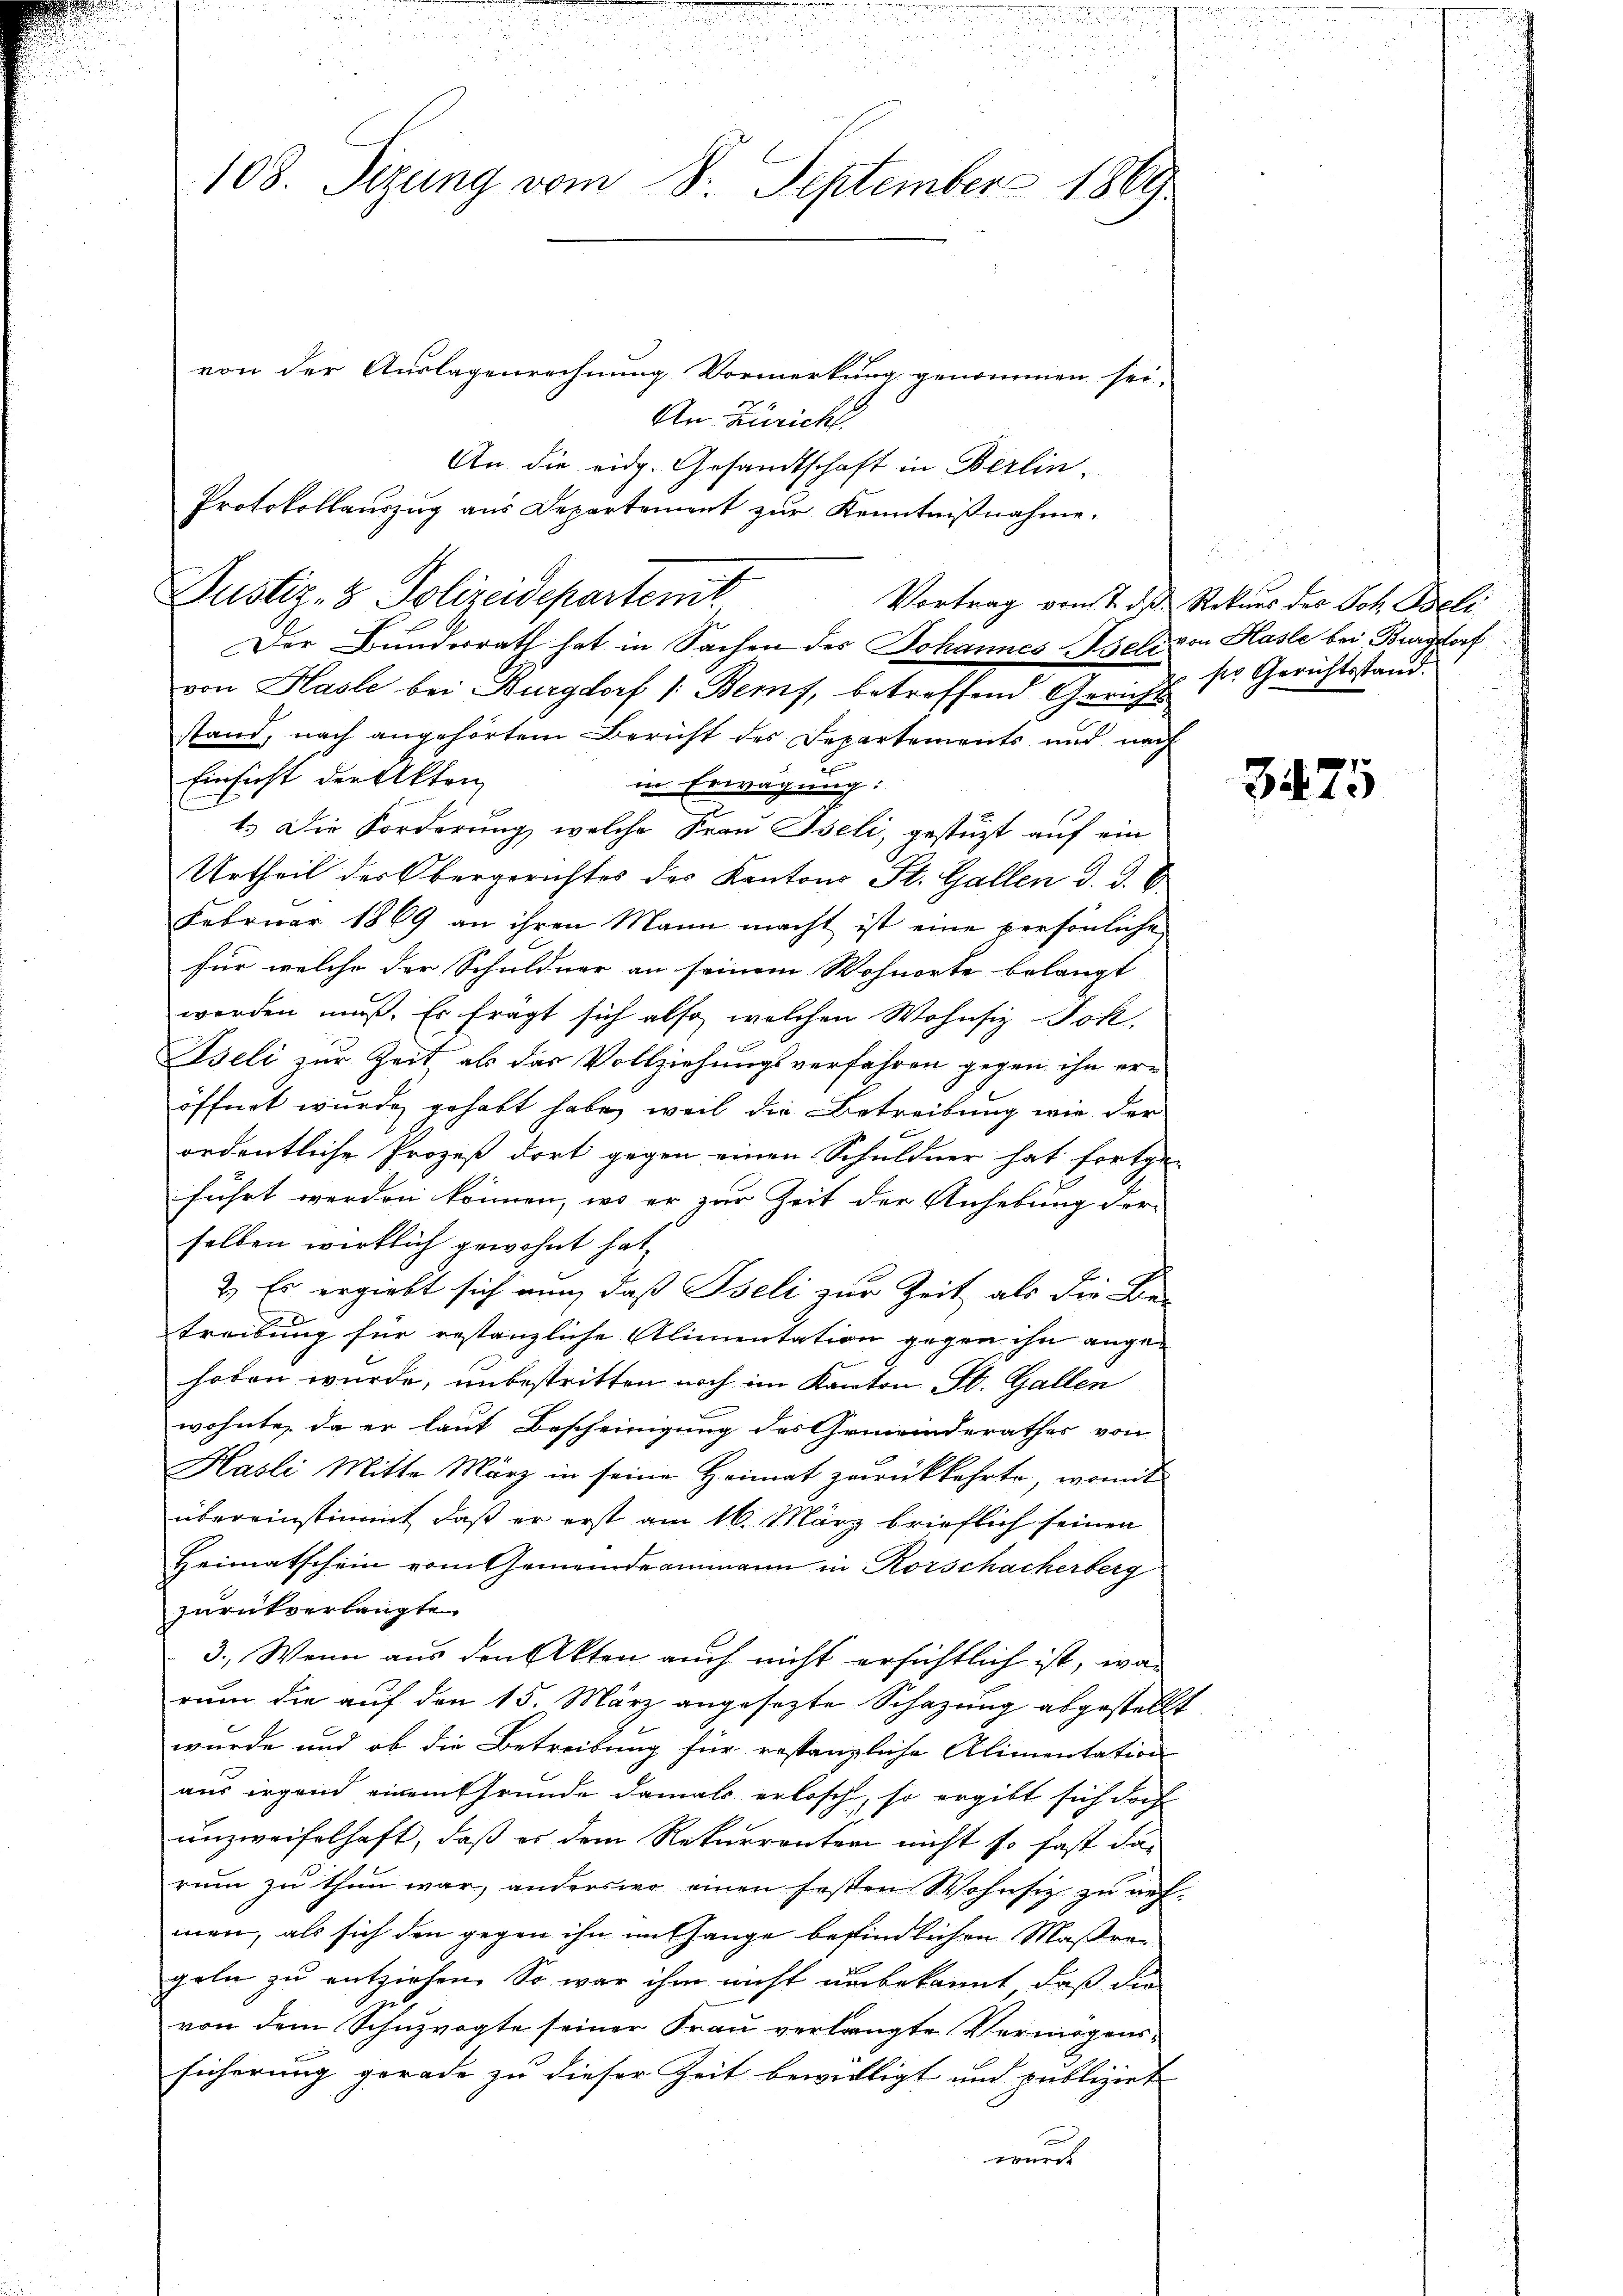
108. Sizung vom 8. September 1869

von der Auslagenrechnung Vormerkung genommen sei,
An Züricht
Der Bunderrath hat in Sachen des Johannes Geld von Hasle bei Burgstorf
von Hasle bei Burgdorf /: Bems, betreffend Gericht
stand, nach angehörtem Bericht des Departements und nach
2
Einsicht der Akten
in Erwägung:
1.) Die Forderung, welche Frau Iseli, gestüzt auf ein
Urtheil der Obergerichtes des Kantons St. Gallen d. d. 8
Februar 1869 an ihren Mann macht ist eine persönliche
für welche der Schuldner an seinem Wohnorte belangt
worden muß. Es frägt sich also, welchen Wohnsiz Jok-
6
Iseli zur Zeit, als das Vollziehungsverfahren gegen ihn eröffnet wurde, gehabt habe, weil die Betreibung wie der
ordentliche Prozeß dort gegen einen Schuldner hat fortgen
führt werden können, wo er zur Zeit der Anhebung der-
selben wirklich gewohnt hat,
.
2.) Es ergiebt sich nun, daß Pseli zur Zeit als die Be-
treibung für restanzliche Alimentation gegen ihn ange-
hoben wurde, unbestritten noch im Kanton St. Gallen
wohnte, da er laut Bescheinigung des Gemeinderathes von
Hasli Mitte März in seine Heimat zurückkehrte, womit
übereinstimmt, daß er erst am 16. März brieflich seinen
Heimatschein vom Gemeindeammann in Rorschacherberg
zurückverlangte
3. Wenn aus den Akten auch nicht ersichtlich ist, was
rum die auf den 15. März angesezte Schazung abgestellt
wurde und ob die Betreibung für restanzliche Alimentation
aus irgend einem Grunde damals erlosch, so ergibt sich doch
unzweifelhaft, daß er dem Rekurrenten nicht so fast das
rum zu thun war, anderswo einen festen Wohnsitz zu nehmen, als sich den gegen ihn mit ange befindlichen Maßregeln zu entziehen. So war ihm nicht unbekannt, daß die
von dem Schuzvogte seiner Frau verlangte Vermögenssicherung gerade zu dieser Zeit bewilligt und publizirt
wurde

An die eidg. Gesandtschaft in Berlin.
Protokollauszug aus Departement zur Kenntnißnahme.
Justiz- & Polizeidepartenit

Vortrag vom 7. d. Rekurs des Joh. Beli
ser Gerichtsstand.

3475